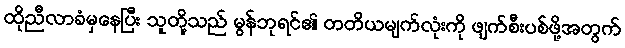
ထိုညီလာခံမှနေပြီး သူတို့သည် မွန်ဘုရင်၏ တတိယမျက်လုံးကို ဖျက်စီးပစ်ဖို့အတွက်